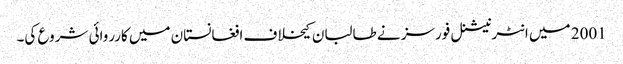
2001 میں انٹرنیشنل فورسز نے طالبان کیخلاف افغانستان میں کارروائی شروع کی۔